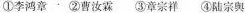
①李鸿章 ②曹汝霖 ③章宗祥 ④陆宗舆